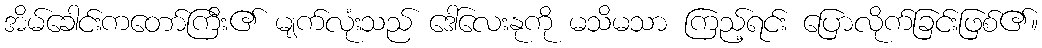
အိမ်ခေါင်းကတော်ကြီး၏ မျက်လုံးသည် ဒေါ်လေးနုကို မသိမသာ ကြည့်ရင်း ပြောလိုက်ခြင်းဖြစ်၏။